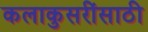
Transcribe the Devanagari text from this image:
कलाकुसरींसाठी